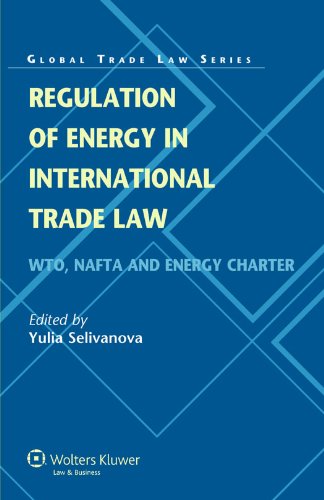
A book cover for Regulation of Energy in International Trade Law. WTO, NAFTA and Energy Charter (Global Trade Law Series); Yulia Selivanova; Law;